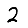
Digit: 2